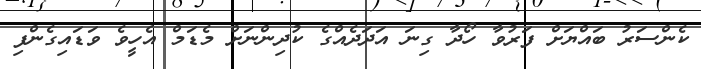
ކެންސަރު ބައްޔަށް ފަރުވާ ހޯދާ ގިނަ އަދަދެއްގެ ކުދިންނަށް މެޑަމް އެހީވެ ވަޑައިގެންފި